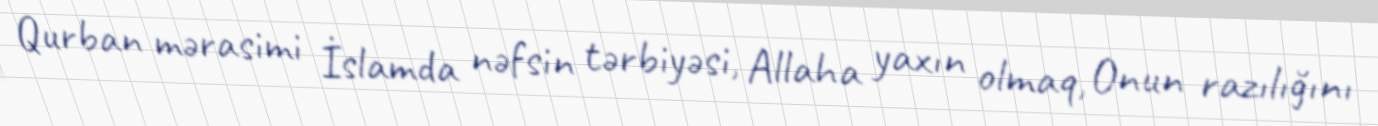
Qurban mərasimi İslamda nəfsin tərbiyəsi, Allaha yaxın olmaq, Onun razılığını